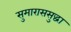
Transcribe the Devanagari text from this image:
सुमाराससुद्धा